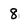
Character: 8